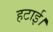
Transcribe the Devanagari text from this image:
हटाई।